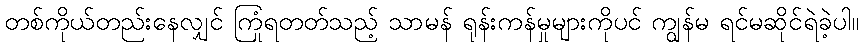
တစ်ကိုယ်တည်းနေလျှင် ကြုံရတတ်သည့် သာမန် ရုန်းကန်မှုများကိုပင် ကျွန်မ ရင်မဆိုင်ရဲခဲ့ပါ။